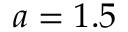
a = 1 . 5